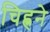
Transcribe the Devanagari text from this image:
चिह्नने